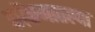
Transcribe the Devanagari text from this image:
कोंकणातल्या